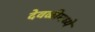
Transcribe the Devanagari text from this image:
देवळीमध्ये